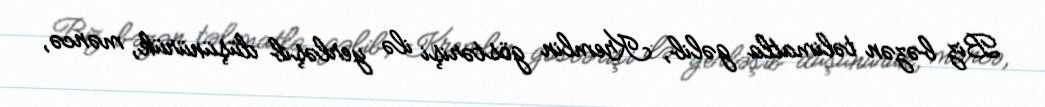
Biz bəzən təlimatla gəlib, Kremlin göstərişi ilə yerləşib düşünürük, məncə,